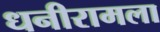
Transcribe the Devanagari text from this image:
धनीरामला